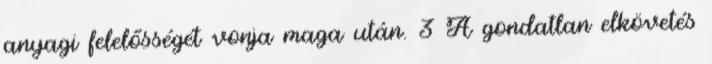
anyagi felelősségét vonja maga után. 3 A gondatlan elkövetés